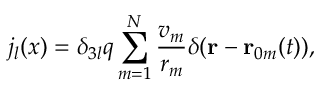
j _ { l } ( x ) = \delta _ { 3 l } q \sum _ { m = 1 } ^ { N } \frac { v _ { m } } { r _ { m } } \delta ( \mathbf { r } - \mathbf { r } _ { 0 m } ( t ) ) ,